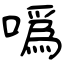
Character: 噅